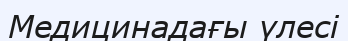
Медицинадағы үлесі